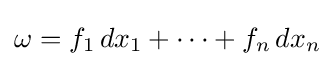
\omega =f_{1}\,dx_{1}+\cdots +f_{n}\,dx_{n}